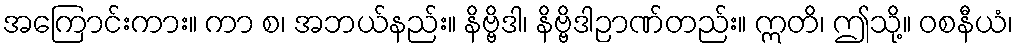
အကြောင်းကား။ ကာ စ၊ အဘယ်နည်း။ နိဗ္ဗိဒါ၊ နိဗ္ဗိဒါဉာဏ်တည်း။ ဣတိ၊ ဤသို့။ ဝစနီယံ၊